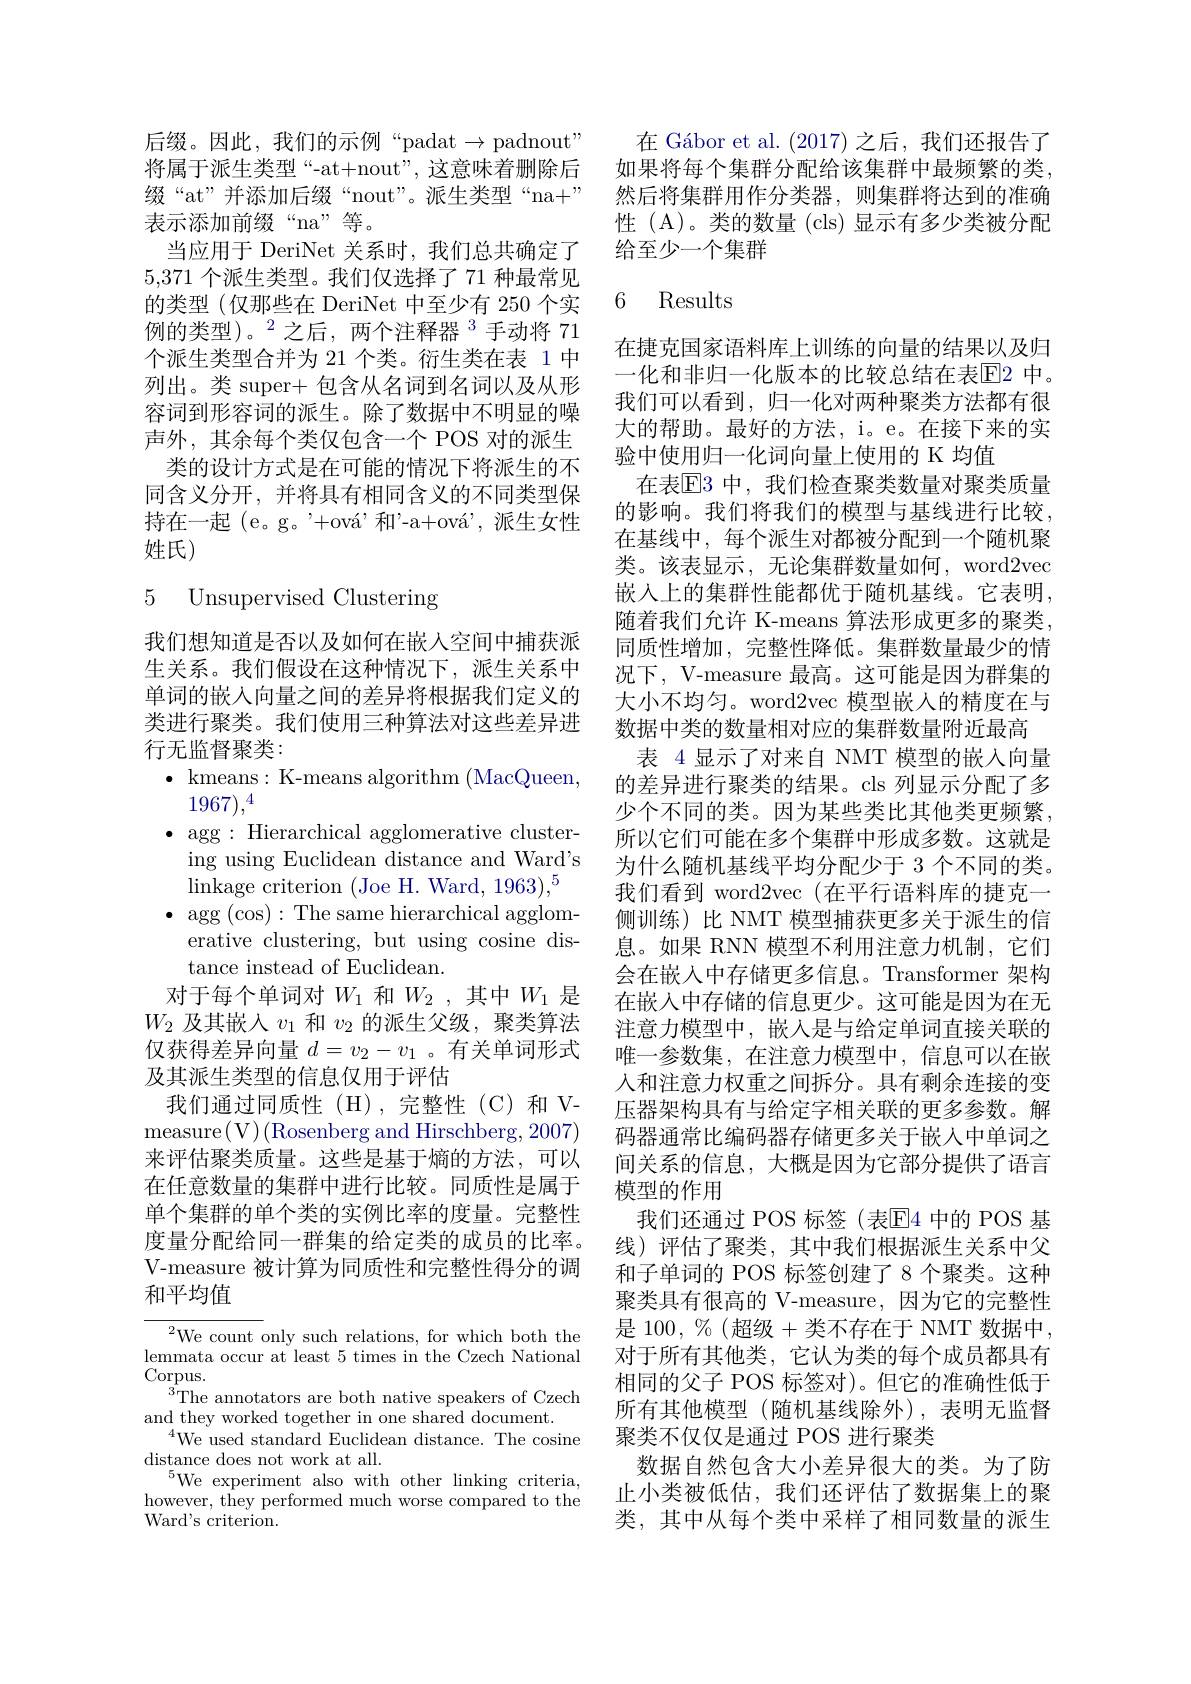
后缀。因此，我们的示例“padat$\to$padnout" 将属于派生类型“-at+nout”,这意味着删除后缀“at”并添加后缀“nout”。派生类型“na+” 表示添加前缀“na”等。
当应用于 DeriNet 关系时，我们总共确定了5,371 个派生类型。我们仅选择了 71 种最常见的类型(仅那些在 DeriNet 中至少有 250 个实例的类型)。$^2$之后，两个注释器$^3$手动将 71个派生类型合并为 21 个类。衍生类在表 1 中列出。类 super+ 包含从名词到名词以及从形容词到形容词的派生。除了数据中不明显的噪声外，其余每个类仅包含一个 POS 对的派生
类的设计方式是在可能的情况下将派生的不同含义分开，并将具有相同含义的不同类型保持在一起 (e。g。'+ová'和'-a+ová',派生女性姓氏)

## 5 Unsupervised Clustering

我们想知道是否以及如何在嵌入空间中捕获派生关系。我们假设在这种情况下，派生关系中单词的嵌入向量之间的差异将根据我们定义的类进行聚类。我们使用三种算法对这些差异进行无监督聚类：
$\bullet$ kmeans:K-means algorithm (MacQueen,
$1967),^4$
$\bullet$ agg: Hierarchical agglomerative cluster-
ing using Euclidean distance and Ward's
$\operatorname*{linkage}$criterion(Joe H.Ward,$1963),^5$
$\bullet$ agg $(\cos):$The same hierarchical agglom-
erative clustering, but using cosine dis-
tance instead of Euclidean.
对于每个单词对$W_1$和$W_2$,其中$W_1$是$W_2$及其嵌人$v_1$和$v_2$的派生父级，聚类算法仅获得差异向量$d=v_2-v_1$ 。有关单词形式及其派生类型的信息仅用于评估
我们通过同质性(H),完整性(C)和Vmeasure( V) ( Rosenberg and Hirschberg, 2007) 来评估聚类质量。这些是基于熵的方法，可以在任意数量的集群中进行比较。同质性是属于单个集群的单个类的实例比率的度量。完整性度量分配给同一群集的给定类的成员的比率。V-measure 被计算为同质性和完整性得分的调和平均值

$^2$We count only such relations, for which both the $\operatorname*{lemmata~occur~at~least~5~times~in~the~Czech~National}$ Corpus.
The annotators are both native speakers of Czech
and they worked together in one shared document.
$^{4}$We used standard Euclidean distance. The cosine
distance does not work at all.
$^{5}$We experiment also with other linking criteria, however, they performed much worse compared to the Ward's criterion.

在 Gábor et al. (2017)之后，我们还报告了如果将每个集群分配给该集群中最频繁的类， 然后将集群用作分类器，则集群将达到的准确性 (A)。类的数量 (cls) 显示有多少类被分配给至少一个集群

# 6 Results

在捷克国家语料库上训练的向量的结果以及归一化和非归一化版本的比较总结在表$\overline{\mathrm{E}}$2 中。我们可以看到，归一化对两种聚类方法都有很大的帮助。最好的方法，i。e。在接下来的实验中使用归一化词向量上使用的 K 均值
在表$\overline{\mathrm{E}}3$ 中，我们检查聚类数量对聚类质量的影响。我们将我们的模型与基线进行比较， 在基线中，每个派生对都被分配到一个随机聚类。该表显示，无论集群数量如何，word2vec 嵌入上的集群性能都优于随机基线。它表明， 随着我们允许 K-means 算法形成更多的聚类， 同质性增加，完整性降低。集群数量最少的情况下，V-measure 最高。这可能是因为群集的大小不均匀。word2vec 模型嵌人的精度在与数据中类的数量相对应的集群数量附近最高
表 4显示了对来自 NMT 模型的嵌入向量的差异进行聚类的结果。cls 列显示分配了多少个不同的类。因为某些类比其他类更频繁， 所以它们可能在多个集群中形成多数。这就是为什么随机基线平均分配少于 3 个不同的类。我们看到 word2vec (在平行语料库的捷克一侧训练)比 NMT 模型捕获更多关于派生的信息。如果 RNN 模型不利用注意力机制，它们会在嵌入中存储更多信息。Transformer 架构在嵌入中存储的信息更少。这可能是因为在无注意力模型中，嵌入是与给定单词直接关联的唯一参数集，在注意力模型中，信息可以在嵌入和注意力权重之间拆分。具有剩余连接的变压器架构具有与给定字相关联的更多参数。解码器通常比编码器存储更多关于嵌人中单词之间关系的信息，大概是因为它部分提供了语言模型的作用
我们还通过 POS 标签(表$\mathbb{E}$4 中的 POS 基线)评估了聚类，其中我们根据派生关系中父和子单词的 POS 标签创建了 8 个聚类。这种聚类具有很高的 V-measure,因为它的完整性是 100, %(超级+类不存在于 NMT 数据中， 对于所有其他类，它认为类的每个成员都具有相同的父子 POS 标签对)。但它的准确性低于所有其他模型(随机基线除外),表明无监督聚类不仅仅是通过 POS 进行聚类
数据自然包含大小差异很大的类。为了防止小类被低估，我们还评估了数据集上的聚类，其中从每个类中采样了相同数量的派生